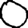
Digit: 0